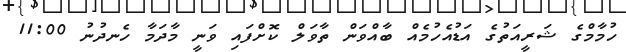
ހުމާމްގެ ޝަރީއަތުގެ އަޑުއެހުމެއް ބާއްވަން ތާވަލް ކޮށްފައި ވަނީ މާދަމާ ހެނދުނު 11:00